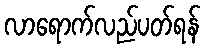
လာရောက်လည်ပတ်ရန်